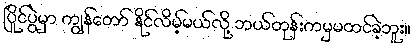
ပြိုင်ပွဲမှာ ကျွန်တော် နိုင်လိမ့်မယ်လို့ ဘယ်တုန်းကမှမထင်ခဲ့ဘူး။